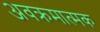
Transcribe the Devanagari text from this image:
अवक्रमात्मक